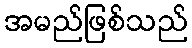
အမည်ဖြစ်သည်